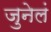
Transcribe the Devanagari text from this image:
जुनेलं